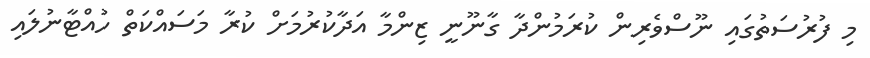
މި ފުރުސަތުގައި ނޫސްވެރިން ކުރަމުންދާ ގާނޫނީ ޒިންމާ އަދާކުރުމަށް ކުރާ މަސައްކަތް ހުއްޓާނުލައި